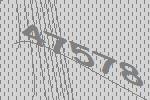
47578